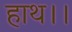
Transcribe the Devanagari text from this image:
हाथ।।